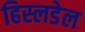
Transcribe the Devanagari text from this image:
हिस्लडेल